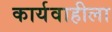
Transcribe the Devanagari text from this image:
कार्यवाहीला